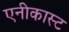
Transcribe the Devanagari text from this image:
एनीकास्ट